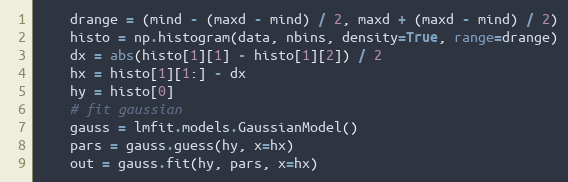
Language: Python
    drange = (mind - (maxd - mind) / 2, maxd + (maxd - mind) / 2)
    histo = np.histogram(data, nbins, density=True, range=drange)
    dx = abs(histo[1][1] - histo[1][2]) / 2
    hx = histo[1][1:] - dx
    hy = histo[0]
    # fit gaussian
    gauss = lmfit.models.GaussianModel()
    pars = gauss.guess(hy, x=hx)
    out = gauss.fit(hy, pars, x=hx)